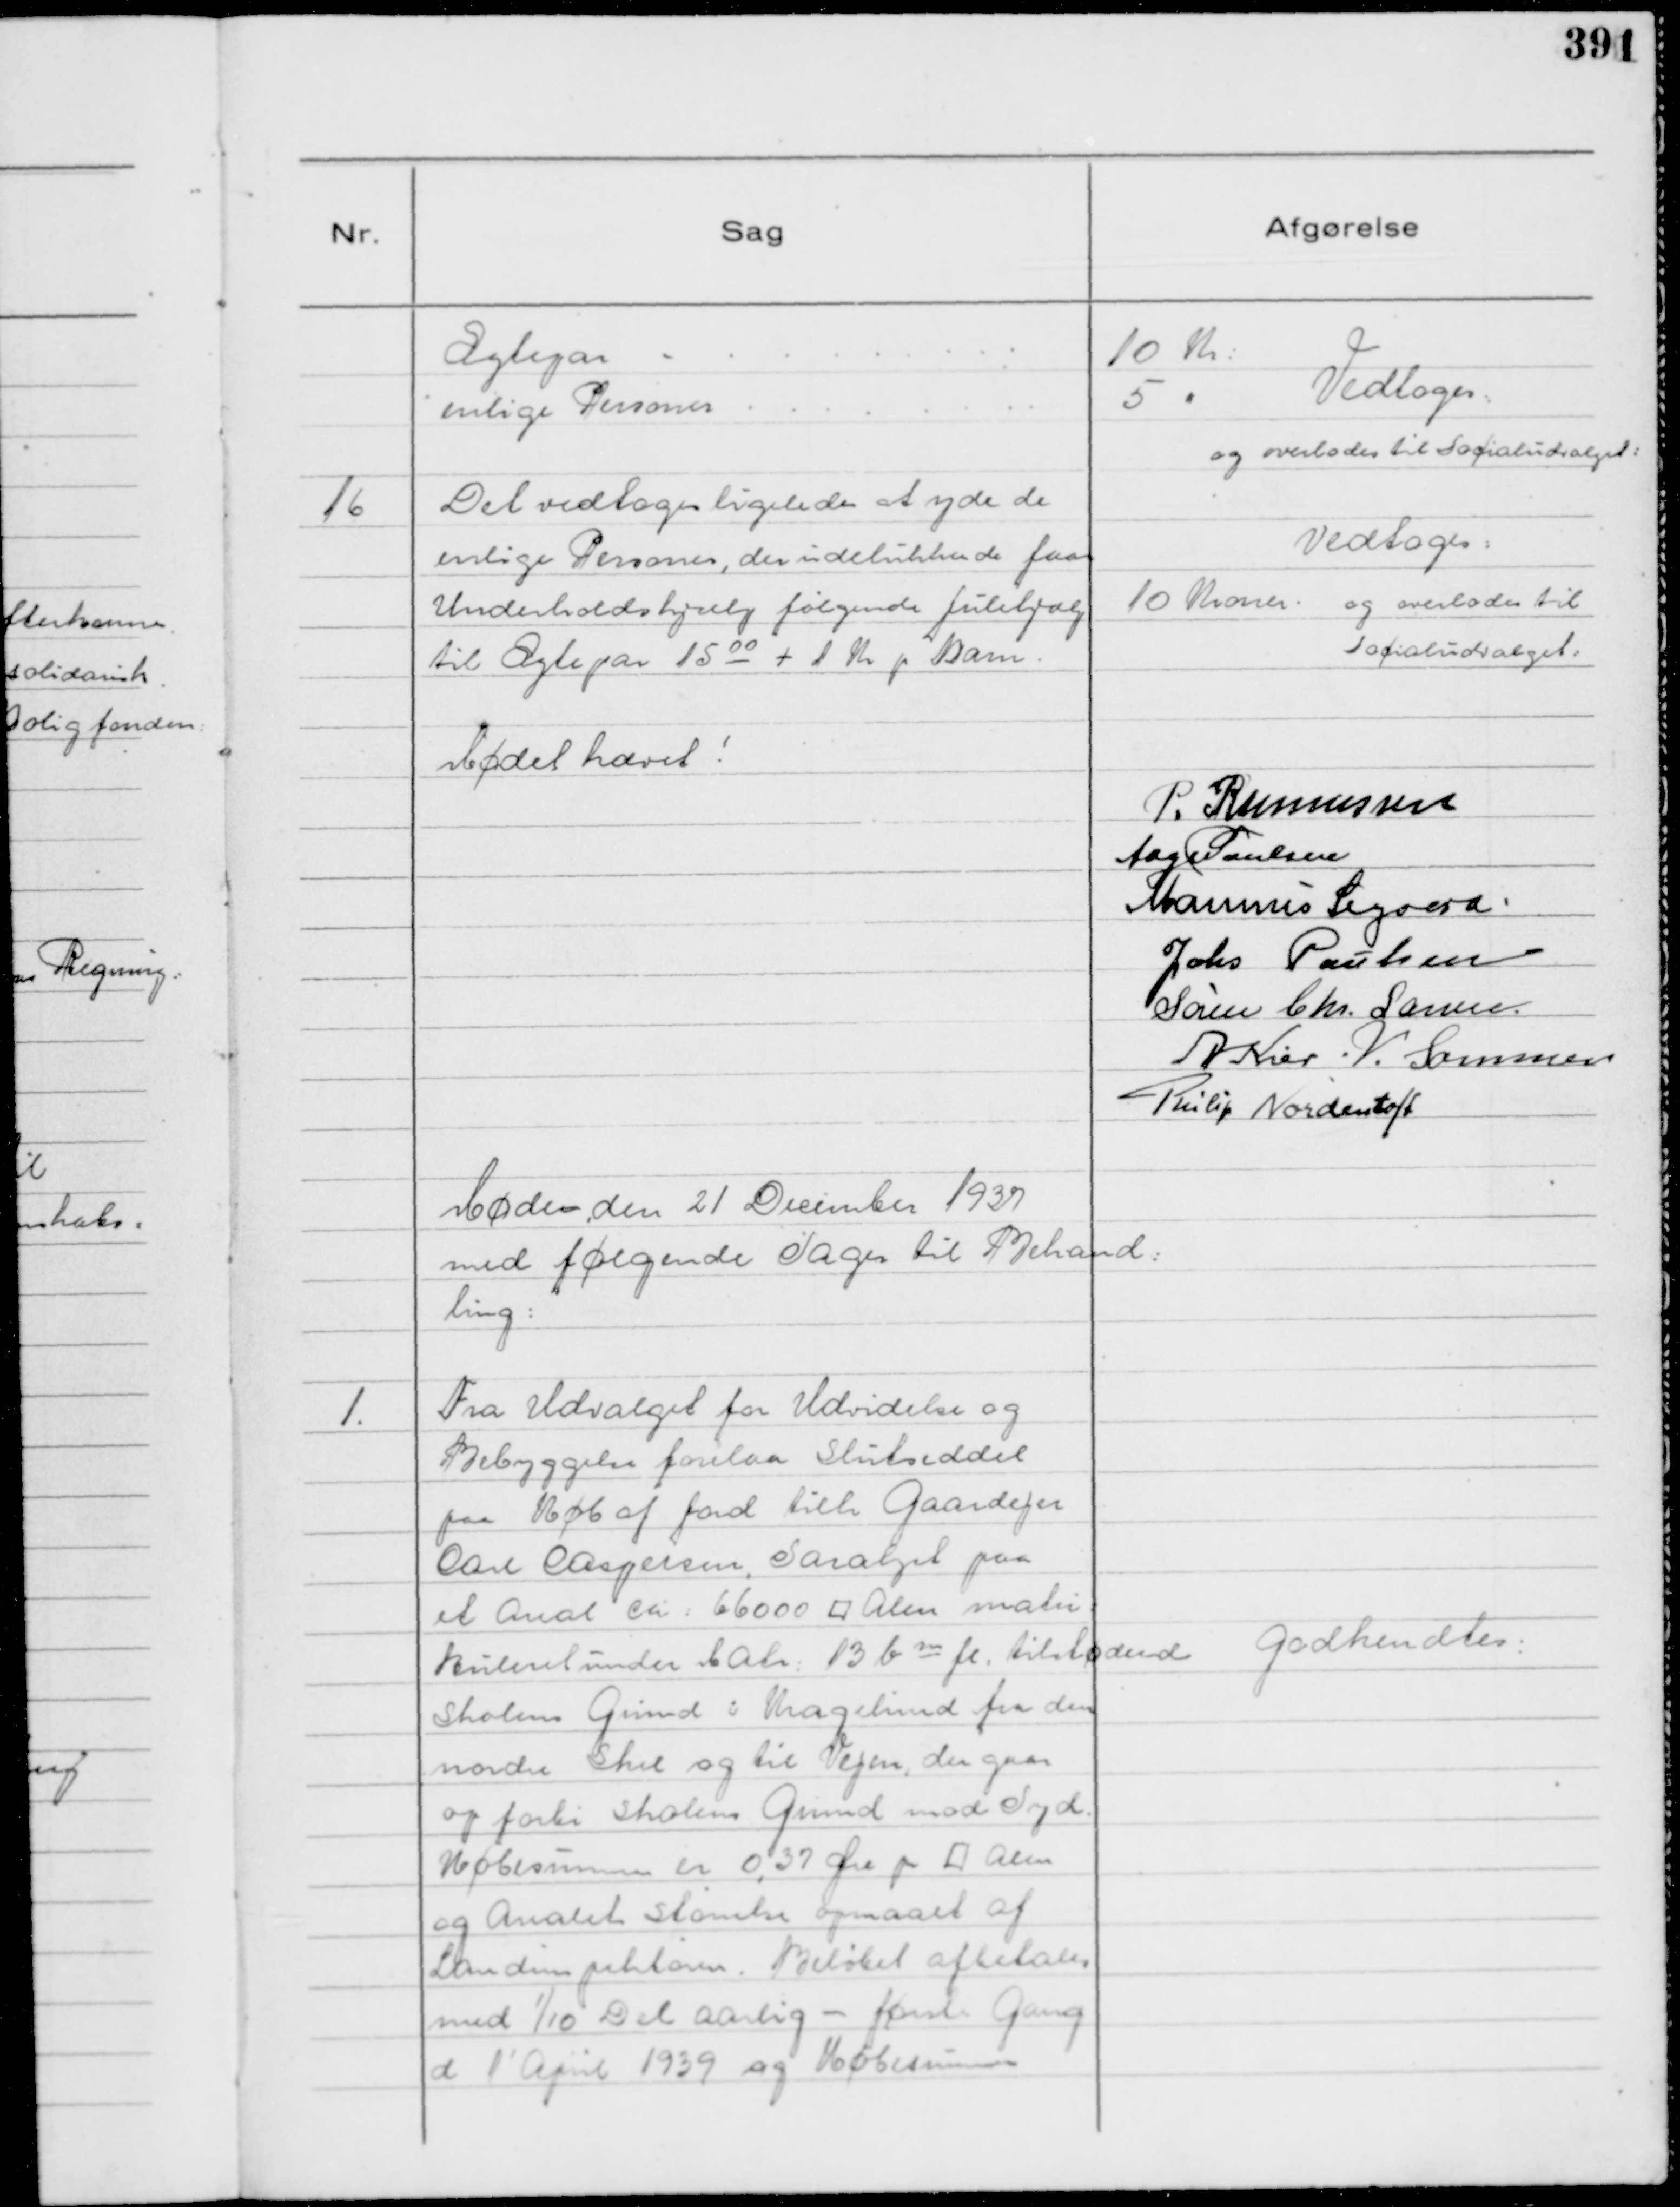
Transskription:
Ægtepar - . . . . . . . . 10 Kr:
enlige Personer . . . . . . . . 5 "

Vedtoges:
og overlodes til Socialudvalget:

16
Det vedtoges ligeledes at yde de
enlige Personer, der udelukkende faar
Underholdshjælp følgende Julehjælp
til Ægtepar 15 00 + 1 Kr p Barn.

Vedtoges:
10 Kroner. og overlodes til
Socialudvalget:

Mødet hævet!

P. Rasmussen
Aage Poulsen
Marinus Sigaard.
Johs Poulsen
Søren Chr. Larsen
A Kier
.V. Sommer
Philip Nordentoft

Møde den 21 December 1937
med følgende Sager til Behand:
ling:

1.
Fra Udvalget for Udvidelse og
Bebyggelse forelaa Slutseddel
paa Køb af Jord tilh Gaardejer
Carl Caspersen, Saralyst paa
et Areal ca.: 66000 ⁥ Alen matri
kuleret under Matr: 13 b m fl: tilhørende
Skolens Grund i Kragelund fra den
nordre Skel og til Vejen, der gaar
op forbi Skolens Grund mod Syd.
Købesummen er 0,37 Øre pr ⁥ Alen
og Arealet Størrelse opmaalt af
Landinspektøren. Beløbet afbetales
med

1/10 Del aarlig - første Gang
d 1' April 1939 og Købesummen

Godkendtes: